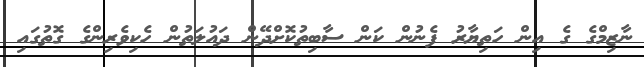
ނާޒިމްގެ ގެ އިން ހަތިޔާރު ފެނުން ކަން ސާބިތުކޮށްދޭން ދައުލަތުން ހެކިވެރިންގެ ގޮތުގައި